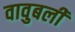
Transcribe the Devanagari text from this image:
वावुबली